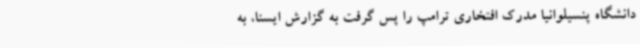
دانشگاه پنسیلوانیا مدرک افتخاری ترامپ را پس گرفت به گزارش ایسنا، به